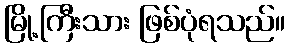
မြို့ကြီးသား ဖြစ်ပုံရသည်။